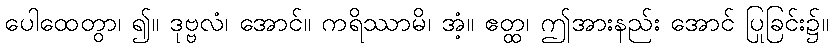
ပေါထေတွာ၊ ၍။ ဒုဗ္ဗလံ၊ အောင်။ ကရိဿာမိ၊ အံ့။ ဧတ္ထ၊ ဤအားနည်း အောင် ပြုခြင်း၌။